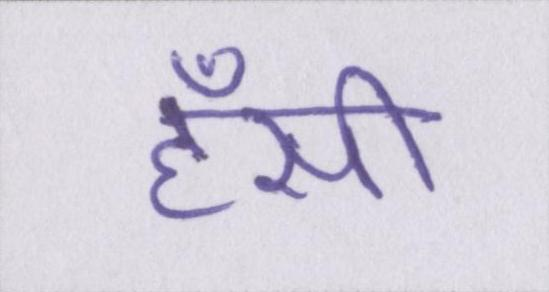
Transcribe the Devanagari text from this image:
हँसी